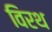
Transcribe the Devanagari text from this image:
विरथ